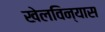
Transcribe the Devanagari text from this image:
खेलविन्यास